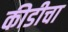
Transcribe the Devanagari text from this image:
कीडीचा